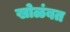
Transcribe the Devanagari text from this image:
खोळंबत